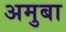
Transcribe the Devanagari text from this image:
अमुबा